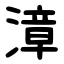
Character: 漳